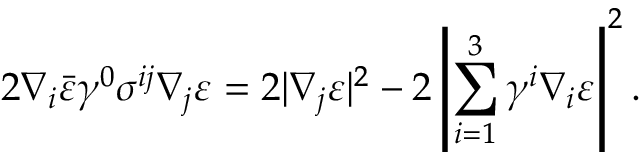
2 \nabla _ { i } \bar { \varepsilon } \gamma ^ { 0 } \sigma ^ { i j } \nabla _ { j } \varepsilon = 2 | \nabla _ { j } \varepsilon | ^ { 2 } - 2 \left| \sum _ { i = 1 } ^ { 3 } \gamma ^ { i } \nabla _ { i } \varepsilon \right| ^ { 2 } .